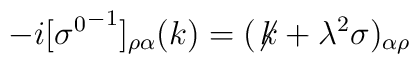
-i[{\sigma^{0}}^{-1}]_{\rho\alpha}(k)=(\not\! k+\lambda^{2}\sigma)_{\alpha\rho}